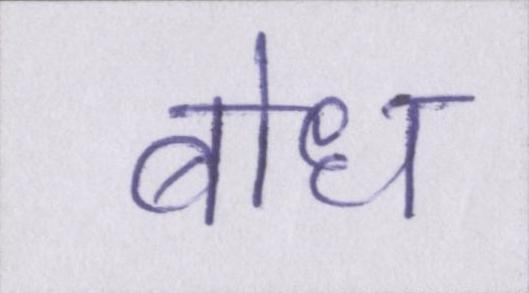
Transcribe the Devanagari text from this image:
बोध